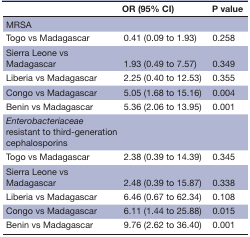
<table><thead><tr><td></td><td><b>OR (95% CI)</b></td><td><b>P value</b></td></tr></thead><tbody><tr><td>MRSA</td><td></td><td></td></tr><tr><td>Togo vs Madagascar</td><td>0.41 (0.09 to 1.93)</td><td>0.258</td></tr><tr><td>Sierra Leone vs Madagascar</td><td>1.93 (0.49 to 7.57)</td><td>0.349</td></tr><tr><td>Liberia vs Madagascar</td><td>2.25 (0.40 to 12.53)</td><td>0.355</td></tr><tr><td>Congo vs Madagascar</td><td>5.05 (1.68 to 15.16)</td><td>0.004</td></tr><tr><td>Benin vs Madagascar</td><td>5.36 (2.06 to 13.95)</td><td>0.001</td></tr><tr><td><i>Enterobacteriaceae</i> resistant to third-generation cephalosporins</td><td></td><td></td></tr><tr><td>Togo vs Madagascar</td><td>2.38 (0.39 to 14.39)</td><td>0.345</td></tr><tr><td>Sierra Leone vs Madagascar</td><td>2.48 (0.39 to 15.87)</td><td>0.338</td></tr><tr><td>Liberia vs Madagascar</td><td>6.46 (0.67 to 62.34)</td><td>0.108</td></tr><tr><td>Congo vs Madagascar</td><td>6.11 (1.44 to 25.88)</td><td>0.015</td></tr><tr><td>Benin vs Madagascar</td><td>9.76 (2.62 to 36.40)</td><td>0.001</td></tr></tbody></table>